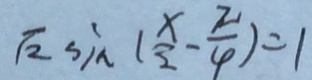
\sqrt { 2 } \sin ( \frac { x } { 2 } - \frac { \pi } { 4 } ) = 1